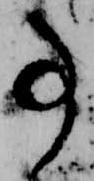
事